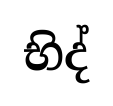
භිද්